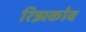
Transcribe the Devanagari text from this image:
रिझकोव